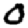
Digit: 0